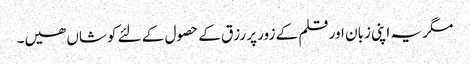
مگر یہ اپنی زبان اور قلم کے زور پر رزق کے حصول کے لئے کوشاں ھیں۔